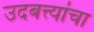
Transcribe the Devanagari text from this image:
उदबत्त्यांचा